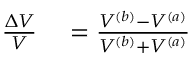
\begin{array} { r l } { \frac { \Delta V } { V } } & { { } = \frac { V ^ { ( b ) } - V ^ { ( a ) } } { V ^ { ( b ) } + V ^ { ( a ) } } } \end{array}